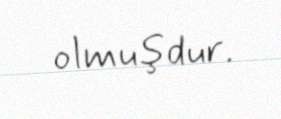
olmuşdur.